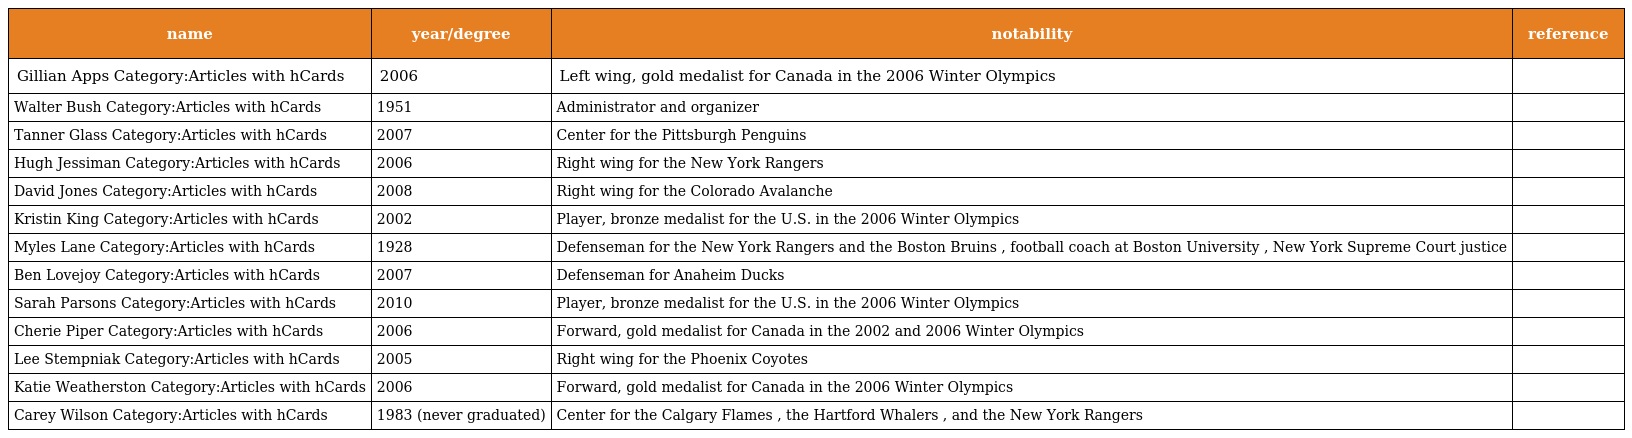
| name | year/degree | notability | reference |
 | --- | --- | --- | --- |
 | Gillian Apps Category:Articles with hCards | 2006 | Left wing, gold medalist for Canada in the 2006 Winter Olympics |  |
 | Walter Bush Category:Articles with hCards | 1951 | Administrator and organizer |  |
 | Tanner Glass Category:Articles with hCards | 2007 | Center for the Pittsburgh Penguins |  |
 | Hugh Jessiman Category:Articles with hCards | 2006 | Right wing for the New York Rangers |  |
 | David Jones Category:Articles with hCards | 2008 | Right wing for the Colorado Avalanche |  |
 | Kristin King Category:Articles with hCards | 2002 | Player, bronze medalist for the U.S. in the 2006 Winter Olympics |  |
 | Myles Lane Category:Articles with hCards | 1928 | Defenseman for the New York Rangers and the Boston Bruins , football coach at Boston University , New York Supreme Court justice |  |
 | Ben Lovejoy Category:Articles with hCards | 2007 | Defenseman for Anaheim Ducks |  |
 | Sarah Parsons Category:Articles with hCards | 2010 | Player, bronze medalist for the U.S. in the 2006 Winter Olympics |  |
 | Cherie Piper Category:Articles with hCards | 2006 | Forward, gold medalist for Canada in the 2002 and 2006 Winter Olympics |  |
 | Lee Stempniak Category:Articles with hCards | 2005 | Right wing for the Phoenix Coyotes |  |
 | Katie Weatherston Category:Articles with hCards | 2006 | Forward, gold medalist for Canada in the 2006 Winter Olympics |  |
 | Carey Wilson Category:Articles with hCards | 1983 (never graduated) | Center for the Calgary Flames , the Hartford Whalers , and the New York Rangers |  |